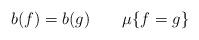
LaTeX: \begin{align*}b(f)=b(g)\qquad\mu\{ f=g \}\end{align*}